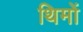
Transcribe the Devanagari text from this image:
थिमों